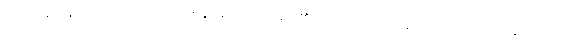
သို့ရာတွင် ရှည်လျားသော တင်ကျည်းဝါးတုတ်များ၏ မာကျောမှုကို သူတို့ဓားများ မတိုးနိုင်ကြဘဲ